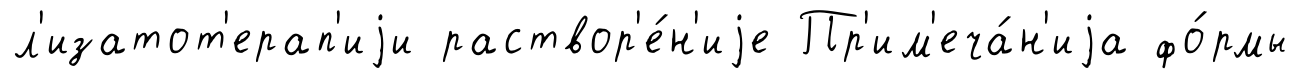
л'изатот'ерап'иjи раствор'е́н'иjе Пр'им'еча́н'иjа фо́рмы